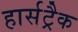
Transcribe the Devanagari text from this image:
हार्सट्रैक